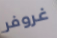
غروفر